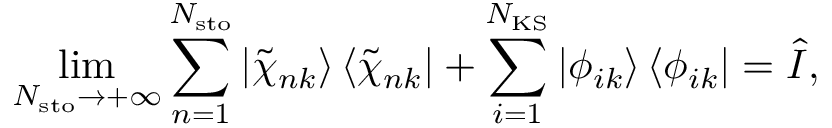
\operatorname* { l i m } _ { N _ { \mathrm { s t o } } \rightarrow + \infty } \sum _ { n = 1 } ^ { N _ { \mathrm { s t o } } } \left| \tilde { \chi } _ { n k } \right\rangle \left\langle \tilde { \chi } _ { n k } \right| + \sum _ { i = 1 } ^ { N _ { \mathrm { K S } } } \left| \phi _ { i k } \right\rangle \left\langle \phi _ { i k } \right| = \hat { I } ,